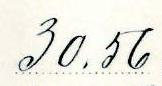
30.56